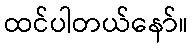
ထင်ပါတယ်နော်။